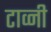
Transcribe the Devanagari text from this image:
टाव्नी